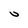
Character: U